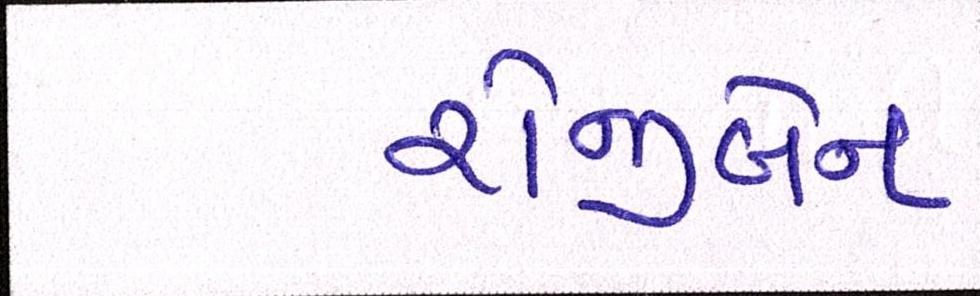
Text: રોજીબેન